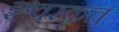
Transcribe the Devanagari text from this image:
इश्वरकृत